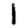
Digit: 1